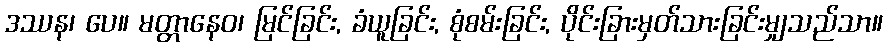
ဒဿန၊ ပေ။ မတ္တာနေဝ၊ မြင်ခြင်း, ခံယူခြင်း, စုံစမ်းခြင်း, ပိုင်းခြားမှတ်သားခြင်းမျှသည်သာ။